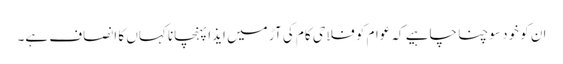
ان کو خود سوچنا چاہیے کہ عوام کو فلاحی کام کی آڑ میں ایذا پہنچانا کہاں کا انصاف ہے۔